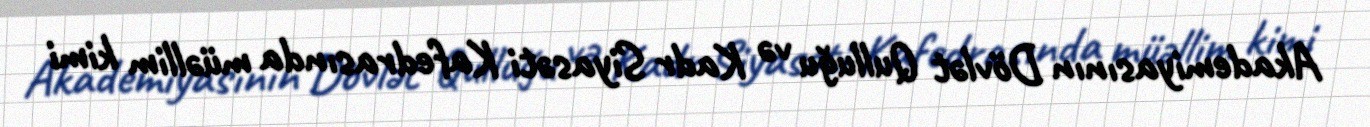
Akademiyasının Dövlət Qulluğu və Kadr Siyasəti Kafedrasında müəllim kimi